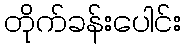
တိုက်ခန်းပေါင်း